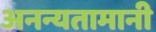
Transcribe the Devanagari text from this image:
अनन्यतामानी